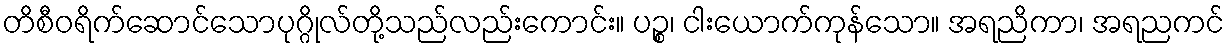
တိစီဝရိက်ဆောင်သောပုဂ္ဂိုလ်တို့သည်လည်းကောင်း။ ပဉ္စ၊ ငါးယောက်ကုန်သော။ အရညိကာ၊ အရညကင်